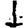
Digit: 1